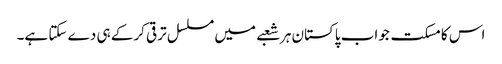
اس کا مسکت جواب پاکستان ہر شعبے میں مسلسل ترقی کرکے ہی دے سکتا ہے۔